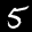
Label: 5